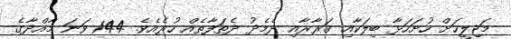
މަޖިލީހަށް ހުށަހަޅާ ބިލަކާއި ޤަރާރާއި ދެމެދު ދެތަފާތެއް ހުރެއެވެ. 144 ވަނަ މާއްދާގެ